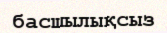
басшылықсыз